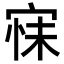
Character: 𭓺